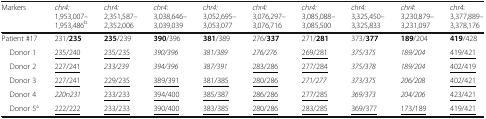
<table><thead><tr><td><b>Markers</b></td><td><b><i>chr4:</i> 1,953,007–1,953,486<sup>b</sup></b></td><td><b><i>chr4:</i> 2,351,587–2,352,006</b></td><td><b><i>chr4:</i> 3,038,646– 3,039,039</b></td><td><b><i>chr4:</i> 3,052,695–3,053,077</b></td><td><b><i>chr4:</i> 3,076,297–3,076,716</b></td><td><b><i>chr4:</i> 3,085,088–3,085,500</b></td><td><b><i>chr4:</i> 3,325,450–3,325,833</b></td><td><b><i>chr4</i>: 3,230,879–3,231,097</b></td><td><b><i>chr4</i>: 3,377,889–3,378,176</b></td></tr></thead><tbody><tr><td>Patient #17</td><td>231/<b>235</b></td><td><b>235</b>/239</td><td><b>390</b>/396</td><td><b>381</b>/389</td><td>276/<b>337</b></td><td>271/<b>281</b></td><td>373/<b>377</b></td><td><b>189</b>/204</td><td><b>419</b>/428</td></tr><tr><td> Donor 1</td><td><underline>235/240</underline></td><td><underline>235/235</underline></td><td><i>390/396</i></td><td><i>381/389</i></td><td><i>276/276</i></td><td><underline>269/281</underline></td><td><i>375/375</i></td><td><i>189/204</i></td><td><underline>419/421</underline></td></tr><tr><td> Donor 2</td><td><underline>227/241</underline></td><td><i>233/239</i></td><td><i>394/396</i></td><td><i>387/391</i></td><td><underline>283/286</underline></td><td><underline>277/284</underline></td><td><i>375/378</i></td><td><i>189/204</i></td><td><underline>402/419</underline></td></tr><tr><td> Donor 3</td><td><underline>227/241</underline></td><td><underline>229/235</underline></td><td><underline>389/391</underline></td><td><underline>381/385</underline></td><td><underline>280/286</underline></td><td><i>271/277</i></td><td><i>373/375</i></td><td><i>206/208</i></td><td><underline>402/421</underline></td></tr><tr><td> Donor 4</td><td><i>220n231</i></td><td><underline>233/233</underline></td><td><underline>394/400</underline></td><td><underline>385/387</underline></td><td><underline>286/286</underline></td><td><underline>277/285</underline></td><td><i>369/373</i></td><td><i>204/206</i></td><td><underline>423/421</underline></td></tr><tr><td> Donor 5<sup>a</sup></td><td><underline>222/222</underline></td><td><underline>233/233</underline></td><td><underline>390/400</underline></td><td><underline>383/385</underline></td><td><underline>280/286</underline></td><td><underline>283/285</underline></td><td><underline>369/377</underline></td><td><underline>173/189</underline></td><td><underline>419/421</underline></td></tr></tbody></table>